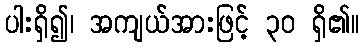
ပါးရှိ၍၊ အကျယ်အားဖြင့် ၃၀ ရှိ၏။